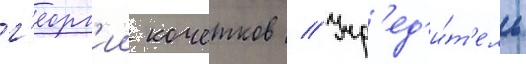
г'еорг'ии кочетков // Учр'ед'и́т'ель